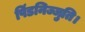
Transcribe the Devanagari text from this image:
पिंडनिज्जुति।